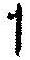
1